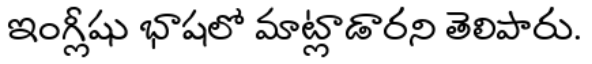
ఇంగ్లీషు భాషలో మాట్లాడారని తెలిపారు.